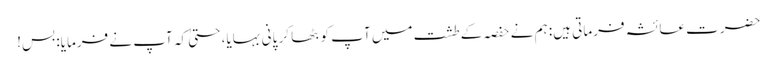
حضرت عائشہ فرماتی ہیں: ہم نے حفصہ کے طشت میں آپ کو بٹھا کر پانی بہایا، حتیٰ کہ آپ نے فرمایا: بس!